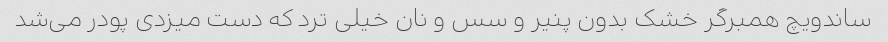
ساندویچ همبرگر خشک بدون پنیر و سس و نان خیلی ترد که دست میزدی پودر می‌شد